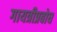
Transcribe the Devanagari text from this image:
गायत्रीप्रबोध